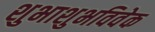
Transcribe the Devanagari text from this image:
शुभाशुभविवेक